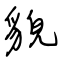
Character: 貌